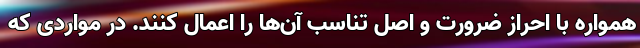
همواره با احراز ضرورت و اصل تناسب آن‌ها را اعمال کنند. در مواردی که